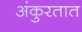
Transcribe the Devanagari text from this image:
अंकुरतात